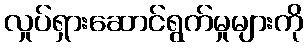
လှုပ်ရှားဆောင်ရွက်မှုများကို